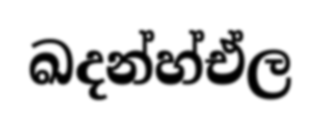
ඛදන්හ්ඒල